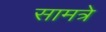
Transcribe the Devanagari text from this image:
सामत्रे